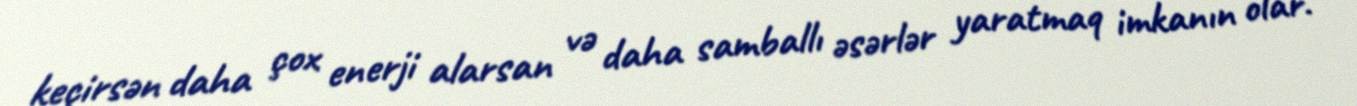
keçirsən daha çox enerji alarsan və daha samballı əsərlər yaratmaq imkanın olar.